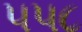
૫૫૮